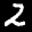
Label: 2